Civil Veterinary Department. Central Provinces & Berar 1925-31 - 1925-1931
Year: 1925
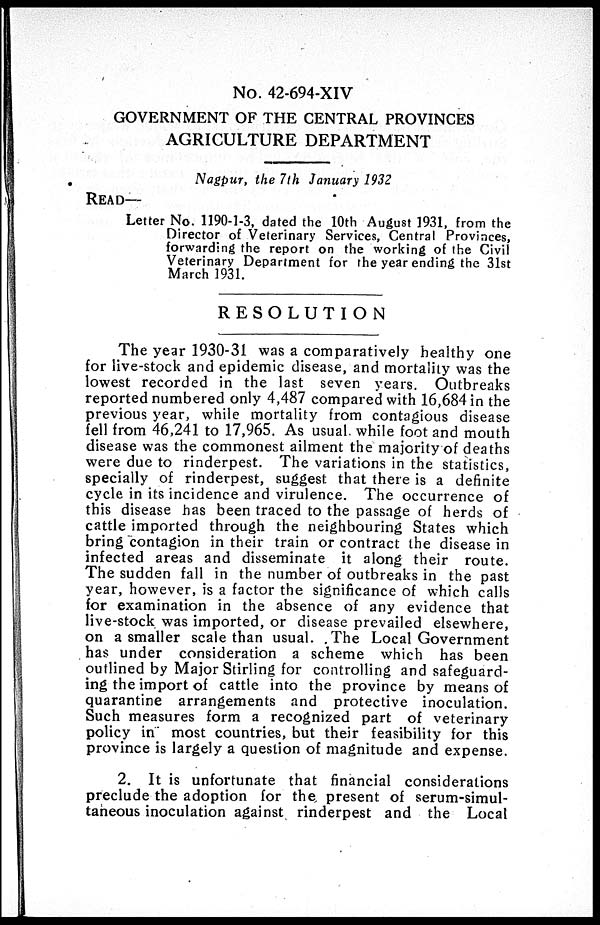
No. 42-694-XIV
GOVERNMENT OF THE CENTRAL PROVINCES
AGRICULTURE DEPARTMENT
Nagpur, the 7th January 1932
READ—
Letter No. 1190-1-3, dated the 10th August 1931, from the
Director of Veterinary Services, Central Provinces,
forwarding the report on the working of the Civil
Veterinary Department for the year ending the 31st
March 1931.
RESOLUTION
The year 1930-31 was a comparatively healthy one
for live-stock and epidemic disease, and mortality was the
lowest recorded in the last seven years. Outbreaks
reported numbered only 4,487 compared with 16,684 in the
previous year, while mortality from contagious disease
fell from 46,241 to 17,965. As usual. while foot and mouth
disease was the commonest ailment the majority of deaths
were due to rinderpest. The variations in the statistics,
specially of rinderpest, suggest that there is a definite
cycle in its incidence and virulence. The occurrence of
this disease has been traced to the passage of herds of
cattle imported through the neighbouring States which
bring contagion in their train or contract the disease in
infected areas and disseminate it along their route.
The sudden fall in the number of outbreaks in the past
year, however, is a factor the significance of which calls
for examination in the absence of any evidence that
live-stock was imported, or disease prevailed elsewhere,
on a smaller scale than usual. The Local Government
has under consideration a scheme which has been
outlined by Major Stirling for controlling and safeguard-
ing the import of cattle into the province by means of
quarantine arrangements and protective inoculation.
Such measures form a recognized part of veterinary
policy in most countries, but their feasibility for this
province is largely a question of magnitude and expense.
2. It is unfortunate that financial considerations
preclude the adoption for the present of serum-simul-
taneous inoculation against rinderpest and the Local